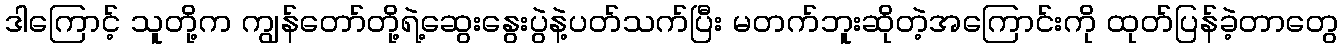
ဒါကြောင့် သူတို့က ကျွန်တော်တို့ရဲ့ဆွေးနွေးပွဲနဲ့ပတ်သက်ပြီး မတက်ဘူးဆိုတဲ့အကြောင်းကို ထုတ်ပြန်ခဲ့တာတွေ